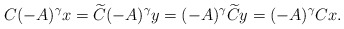
\begin{align*}C (-A)^{\gamma}x = \widetilde C (-A)^{\gamma} y = (-A)^{\gamma}\widetilde C y =(-A)^{\gamma}C x.\end{align*}